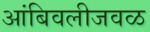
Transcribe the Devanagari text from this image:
आंबिवलीजवळ